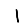
Digit: 1